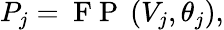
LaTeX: P_{j}=\mathrm{~F~P~}\left(V_{j},\theta_{j}\right),